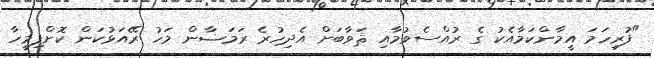
"ފުރިހަމަ އީމާންކަމާއެކު ގެ ރުއްސެވުމާއި ޘަވާބަށް އެދިހުރެ ރަމަޟާން މަހު ރޭއަޅުކަން ކޮށްފިމީހާ